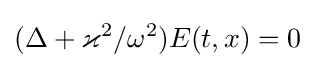
(\Delta +\varkappa ^{2}/\omega ^{2})E(t,x)=0